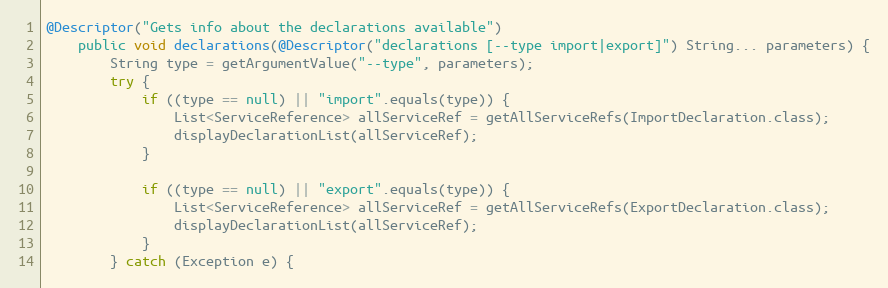
Language: Java
@Descriptor("Gets info about the declarations available")
    public void declarations(@Descriptor("declarations [--type import|export]") String... parameters) {
        String type = getArgumentValue("--type", parameters);
        try {
            if ((type == null) || "import".equals(type)) {
                List<ServiceReference> allServiceRef = getAllServiceRefs(ImportDeclaration.class);
                displayDeclarationList(allServiceRef);
            }

            if ((type == null) || "export".equals(type)) {
                List<ServiceReference> allServiceRef = getAllServiceRefs(ExportDeclaration.class);
                displayDeclarationList(allServiceRef);
            }
        } catch (Exception e) {